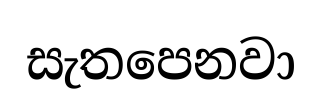
සැතපෙනවා